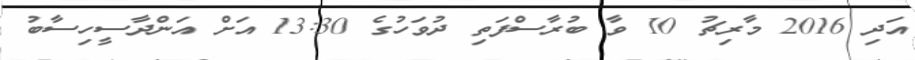
އަދި 2016 މާރިޗު 10 ވާ ބުރާސްފަތި ދުވަހުގެ 13:30 އަށް އަންދާސީހިސާބު